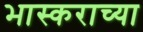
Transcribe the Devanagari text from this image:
भास्कराच्या